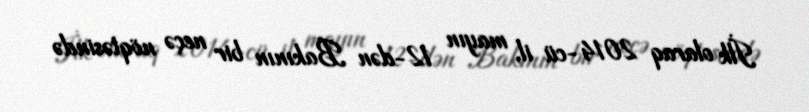
İlk olaraq 2014-cü il, mayın 12-dən Bakının bir neçə nöqtəsində